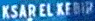
KSARELKEBIP